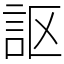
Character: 𧦅